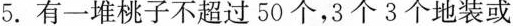
5.有一堆桃子不超过50个，3个3个地装或